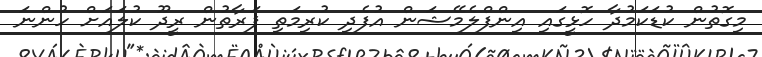
މިގޮތުން ކުޑަކަމުދާ ހޮޅީގައި އިންފްލެމޭޝަން އުފެދި ކުރިމަތި ފަރާތުން ރީދޫ ކުލައަށް ހުންނަ